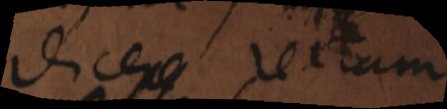
dicere rectam